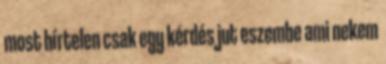
most hírtelen csak egy kérdés jut eszembe ami nekem